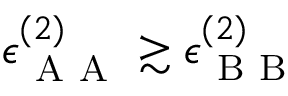
\epsilon _ { \mathrm { ~ A ~ A ~ } } ^ { ( 2 ) } \gtrsim \epsilon _ { \mathrm { ~ B ~ B ~ } } ^ { ( 2 ) }